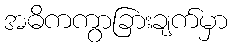
အဓိကကွာခြားချက်မှာ